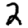
Digit: 2